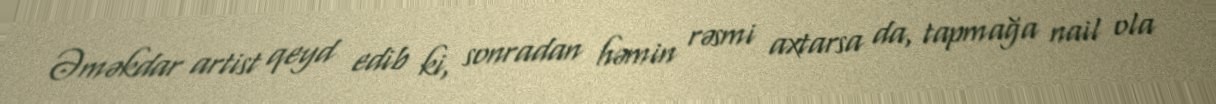
Əməkdar artist qeyd edib ki, sonradan həmin rəsmi axtarsa da, tapmağa nail ola